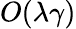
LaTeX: O(\lambda\gamma)